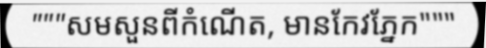
"""សមសួនពីកំណើត, មានកែវភ្នែក"""